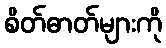
စိတ်ဓာတ်များကို